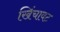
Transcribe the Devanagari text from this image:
खिंचावट